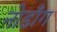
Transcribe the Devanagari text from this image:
नोडाँग